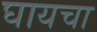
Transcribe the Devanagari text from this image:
घायचा